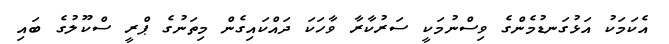
އެކަމަކު އަޅުގަނޑުމެންގެ ވިސްނުމަކީ ސަރުކާރާ ވާހަކަ ދައްކައިގެން މިތަނުގެ ޕްރީ ސްކޫލުގެ ބައި